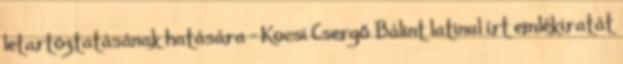
letartóztatásának hatására – Kocsi Csergő Bálint latinul írt emlékiratát